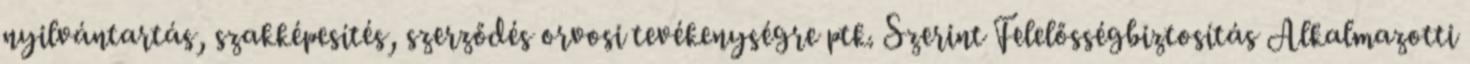
nyilvántartás, szakképesítés, szerződés orvosi tevékenységre ptk. Szerint Felelősségbiztosítás Alkalmazotti